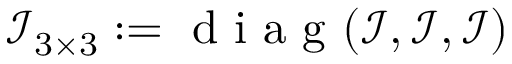
\mathcal { I } _ { 3 \times 3 } : = \mathrm { ~ d ~ i ~ a ~ g ~ } ( \mathcal { I } , \mathcal { I } , \mathcal { I } )